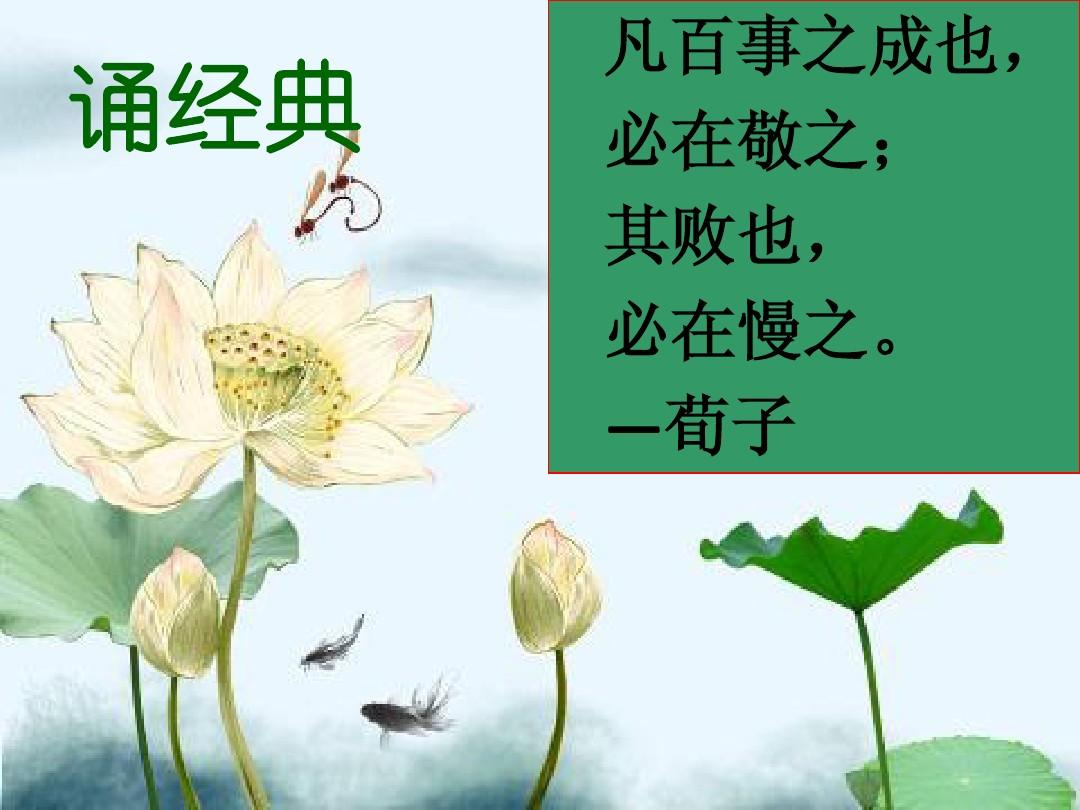
凡百事之成也，必在敬之其败也，必在慢之。